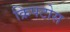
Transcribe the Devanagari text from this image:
क्रिपटोस